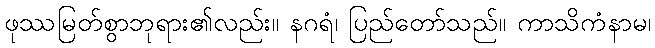
ဖုဿမြတ်စွာဘုရား၏လည်း။ နဂရံ၊ ပြည်တော်သည်။ ကာသိကံနာမ၊